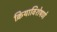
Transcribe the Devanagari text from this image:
क्रियाविशेषणे